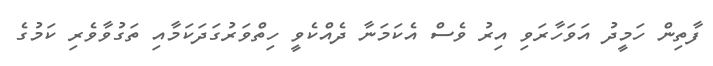
ފާތިން ހަމީދު އަވަހާރަވި އިރު ވެސް އެކަމަނާ ދެއްކެވީ ހިތްވަރުގަދަކަމާއި ތަގުވާވެރި ކަމުގެ